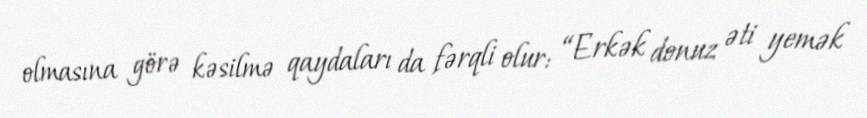
olmasına görə kəsilmə qaydaları da fərqli olur: “Erkək donuz əti yemək